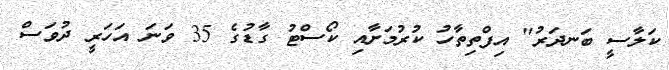
ކަލާސީ ބަނދަރު" އިފްތިތާހު ކުރުމަށާއި ކޯސްޓު ގާޑުގެ 35 ވަނަ އަހަރީ ދުވަސް